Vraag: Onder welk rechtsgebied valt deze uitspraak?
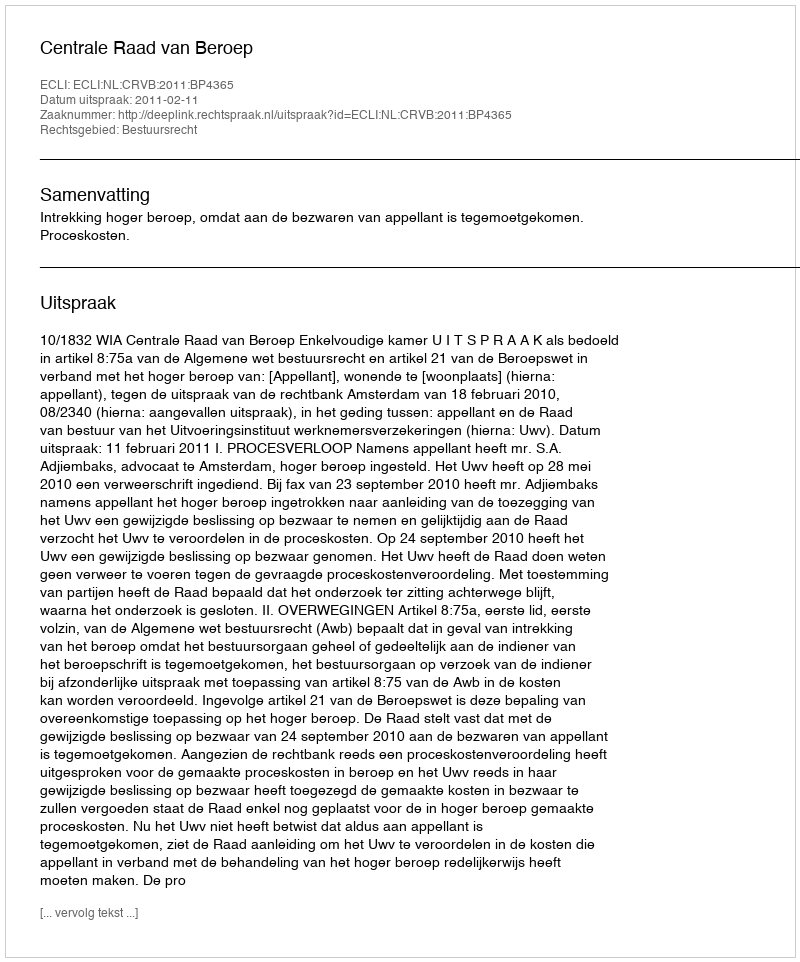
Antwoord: Bestuursrecht